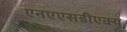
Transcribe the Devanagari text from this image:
एनएएसडीएक्यू